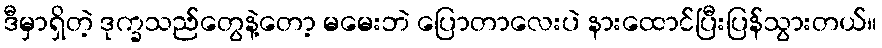
ဒီမှာရှိတဲ့ ဒုက္ခသည်တွေနဲ့တော့ မမေးဘဲ ပြောတာလေးပဲ နားထောင်ပြီးပြန်သွားတယ်။